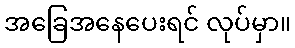
အခြေအနေပေးရင် လုပ်မှာ။